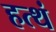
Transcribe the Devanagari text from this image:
हत्थं